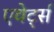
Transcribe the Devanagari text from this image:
एवेर्ट्स